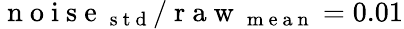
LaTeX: \mathrm{~n~o~i~s~e~}_{\mathrm{~s~t~d~}}/\mathrm{~r~a~w~}_{\mathrm{~m~e~a~n~}}=0.01